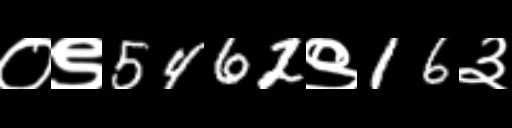
Text: ०९5462९16३